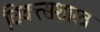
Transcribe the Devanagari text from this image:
चिक्त्सशास्त्र